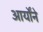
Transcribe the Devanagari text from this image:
आर्योंने